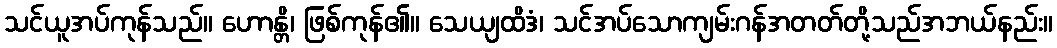
သင်ယူအပ်ကုန်သည်။ ဟောန္တိ၊ ဖြစ်ကုန်၏။ သေယျထိဒံ၊ သင်အပ်သောကျမ်းဂန်အတတ်တို့သည်အဘယ်နည်း။